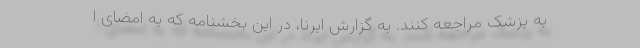
به پزشک مراجعه کنند. به گزارش ایرنا، در این بخشنامه که به امضای ا